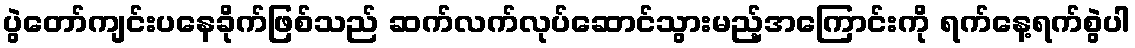
ပွဲတော်ကျင်းပနေခိုက်ဖြစ်သည် ဆက်လက်လုပ်ဆောင်သွားမည့်အကြောင်းကို ရက်နေ့ရက်စွဲပါ